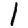
Digit: 1